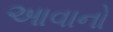
આવાનો